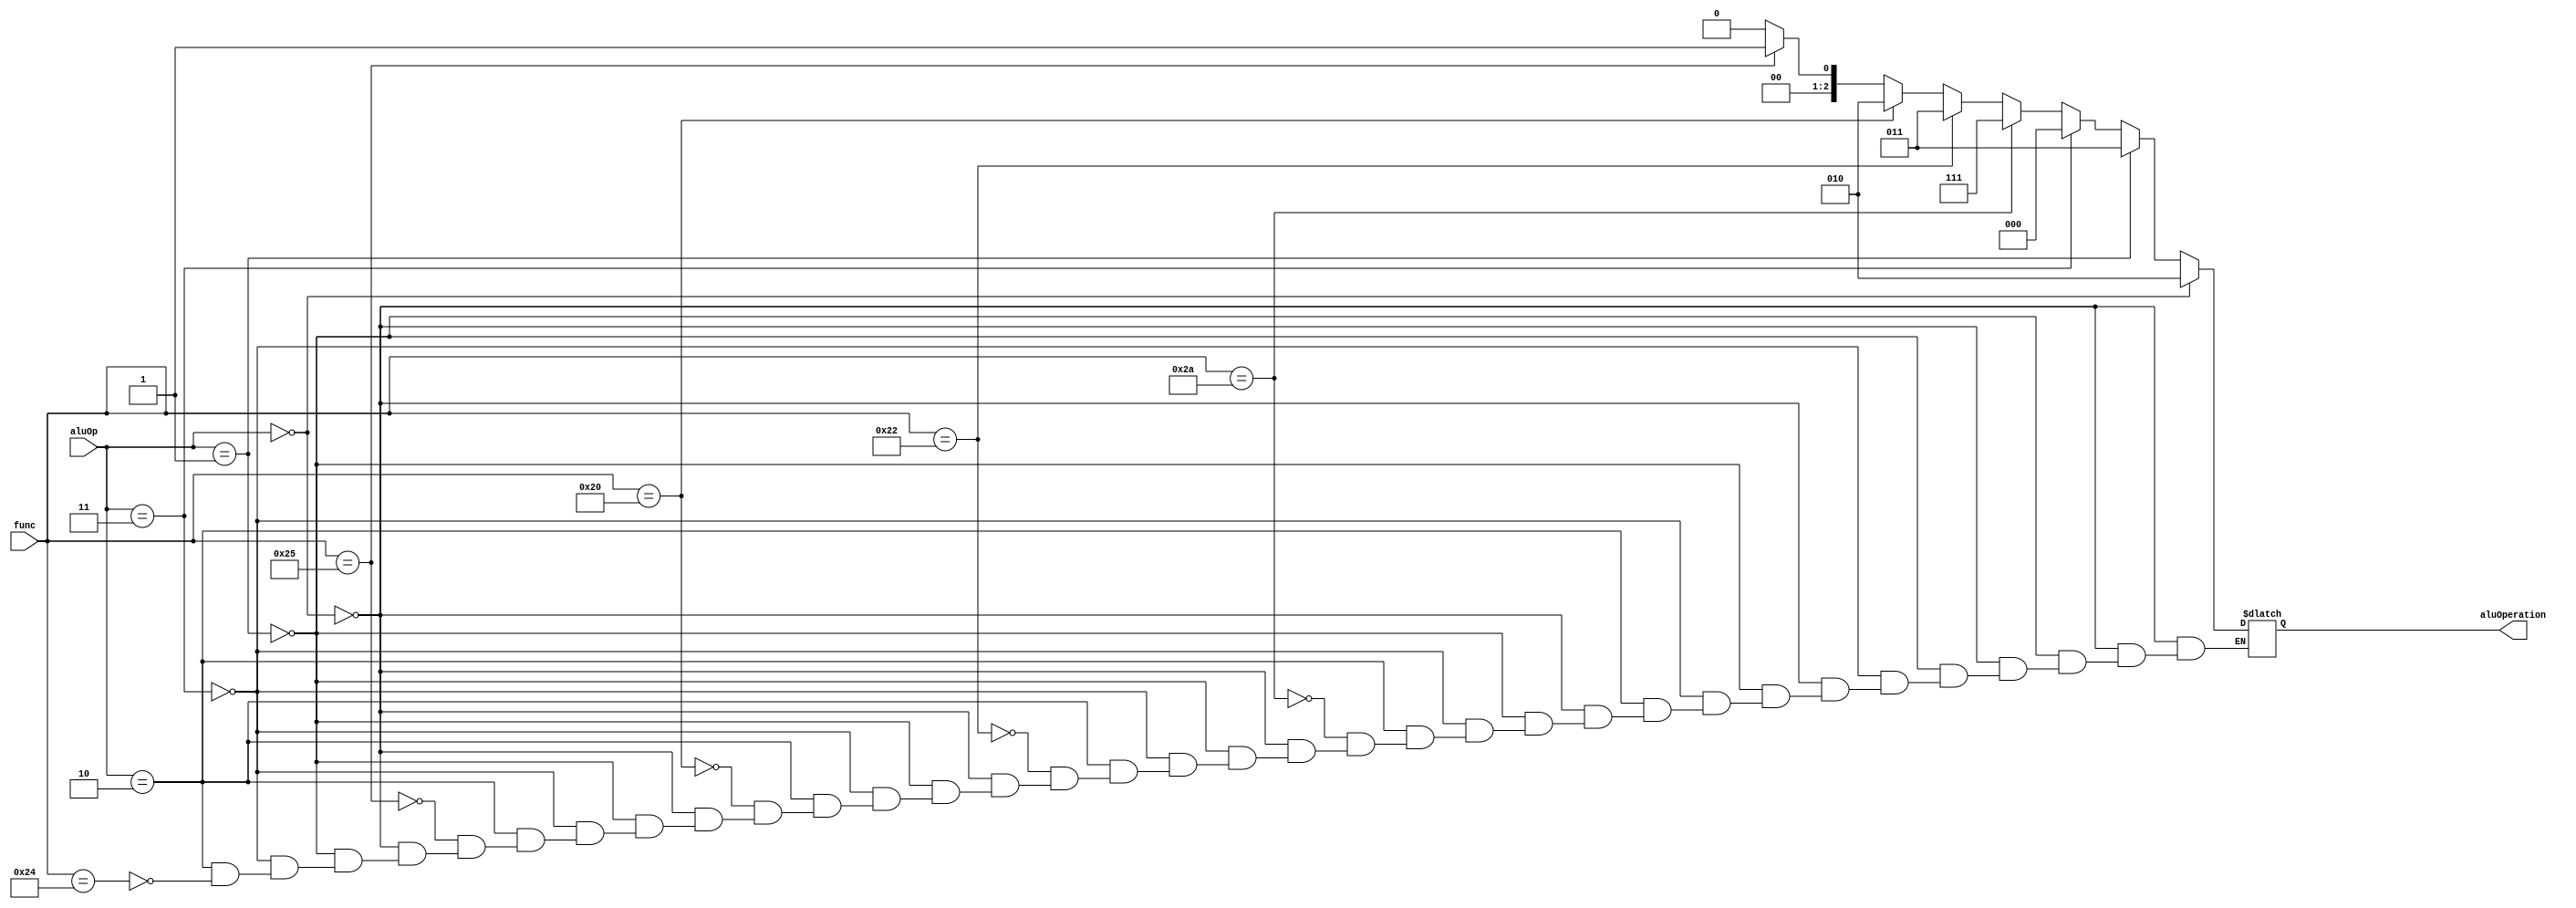
module AluController(aluOp, func, aluOperation);
  input [1:0] aluOp;
  input [5:0] func;
  output reg [2:0] aluOperation;
  always@ (aluOp or func)
  begin
    if(aluOp == 2'b00)
    	aluOperation = 3'b010;
   	else if(aluOp == 2'b01)
    	aluOperation = 3'b011;
    else if(aluOp == 2'b11)
    	aluOperation = 3'b000;
    else if(aluOp == 2'b10)
    begin
    	if(func == 6'b100100)
    		aluOperation = 3'b000;
    	if(func == 6'b100101)
    		aluOperation = 3'b001;
    	if(func == 6'b100000)
    		aluOperation = 3'b010;
    	if(func == 6'b100010)
    		aluOperation = 3'b011;
    	if(func == 6'b101010)
    		aluOperation = 3'b111;
    end
    else
    	aluOperation = 3'bxxx;
  end
endmodule